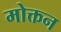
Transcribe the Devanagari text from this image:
मोक्तन